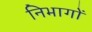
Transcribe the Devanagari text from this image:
निभागों